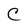
Character: C